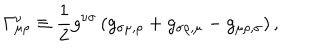
\Gamma _ { \mu \rho } ^ { \nu } \equiv { \frac { 1 } { 2 } } g ^ { \nu \sigma } \left( g _ { \sigma \mu , \rho } + g _ { \sigma \rho , \mu } - g _ { \mu \rho , \sigma } \right) ,